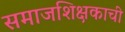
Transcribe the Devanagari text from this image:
समाजशिक्षकाची